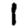
Digit: 1